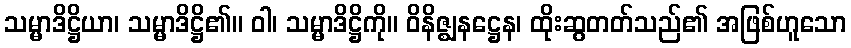
သမ္မာဒိဋ္ဌိယာ၊ သမ္မာဒိဋ္ဌိ၏။ ဝါ၊ သမ္မာဒိဋ္ဌိကို။ ဝိနိဇ္ဈနဋ္ဌေန၊ ထိုးဆွတတ်သည်၏ အဖြစ်ဟူသော